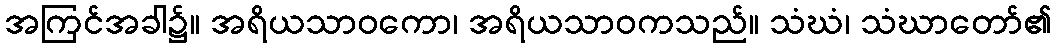
အကြင်အခါ၌။ အရိယသာဝကော၊ အရိယသာဝကသည်။ သံဃံ၊ သံဃာတော်၏